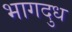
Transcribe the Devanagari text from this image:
भागदुध